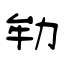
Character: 劺